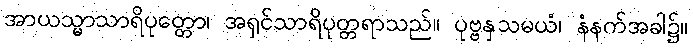
အာယသ္မာသာရိပုတ္တော၊ အရှင်သာရိပုတ္တရာသည်။ ပုဗ္ဗနှသမယံ၊ နံနက်အခါ၌။